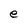
Character: e